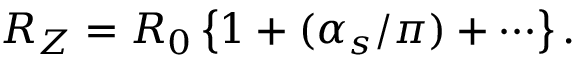
R _ { Z } = R _ { 0 } \left\{ 1 + ( \alpha _ { s } / \pi ) + \cdots \right\} .